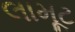
લામૂટ